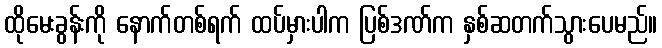
ထိုမေးခွန်းကို နောက်တစ်ရက် ထပ်မှားပါက ပြစ်ဒဏ်က နှစ်ဆတက်သွားပေမည်။